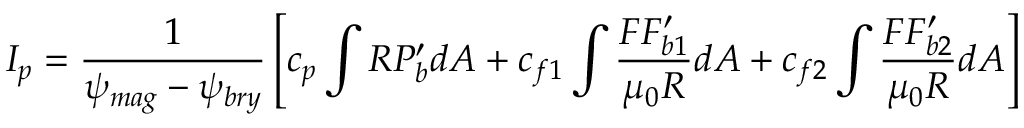
I _ { p } = \frac { 1 } { \psi _ { m a g } - \psi _ { b r y } } \left[ c _ { p } \int R P _ { b } ^ { \prime } d A + c _ { f 1 } \int \frac { F F _ { b 1 } ^ { \prime } } { \mu _ { 0 } R } d A + c _ { f 2 } \int \frac { F F _ { b 2 } ^ { \prime } } { \mu _ { 0 } R } d A \right]